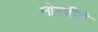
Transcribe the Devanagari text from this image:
नीरवीले